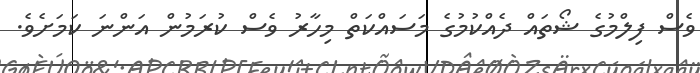
ވެސް ފިލްމުގެ ޝޯތައް ދެއްކުމުގެ މަސައްކަތް މިހާރު ވެސް ކުރަމުން އަންނަ ކަމަށެވެ.